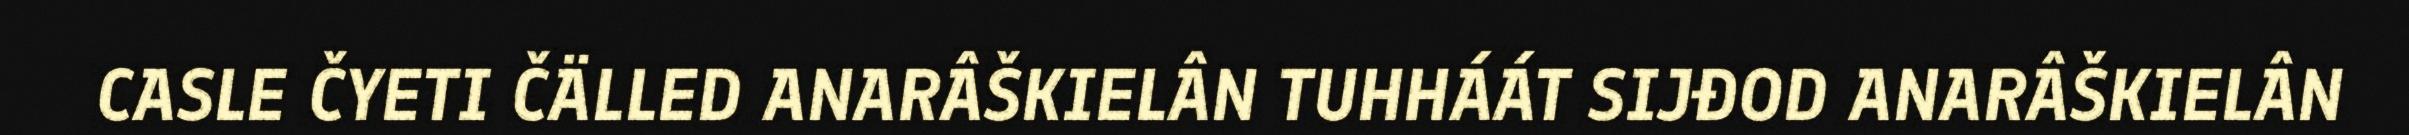
CASLE ČYETI ČÄLLED ANARÂŠKIELÂN TUHHÁÁT SIJĐOD ANARÂŠKIELÂN